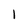
Character: 1